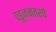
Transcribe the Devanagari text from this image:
वडूजनंतरचे